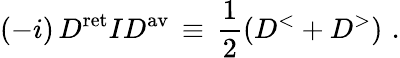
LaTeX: (-i)\, D^{\mathrm{ret}}ID^{\mathrm{av}}\, \equiv\, \frac{1}{2}\left(D^{<}+D^{>}\right)\, \, .